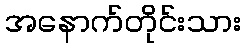
အနောက်တိုင်းသား